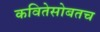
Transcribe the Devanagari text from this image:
कवितेसोबतच